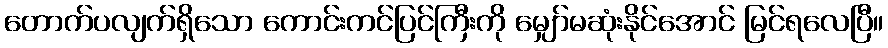
တောက်ပလျက်ရှိသော ကောင်းကင်ပြင်ကြီးကို မျှော်မဆုံးနိုင်အောင် မြင်ရလေပြီ။